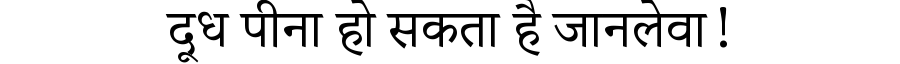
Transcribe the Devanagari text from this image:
दूध पीना हो सकता है जानलेवा!